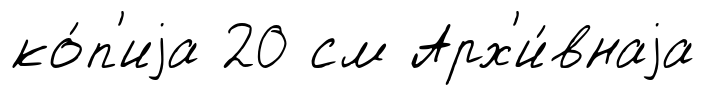
ко́п'иjа 20 см Арх'и́внаjа